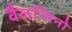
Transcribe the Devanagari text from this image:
वैलन्तिनो